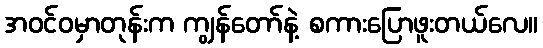
အဝင်ဝမှာတုန်းက ကျွန်တော်နဲ့ စကားပြောဖူးတယ်လေ။